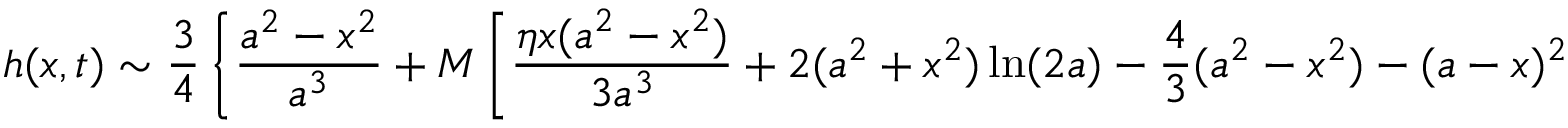
h ( x , t ) \sim \frac { 3 } { 4 } \left\{ \frac { a ^ { 2 } - x ^ { 2 } } { a ^ { 3 } } + M \left[ \frac { \eta x ( a ^ { 2 } - x ^ { 2 } ) } { 3 a ^ { 3 } } + 2 ( a ^ { 2 } + x ^ { 2 } ) \ln ( 2 a ) - \frac { 4 } { 3 } ( a ^ { 2 } - x ^ { 2 } ) - ( a - x ) ^ { 2 } \ln ( a - x ) - ( a + x ) ^ { 2 } \ln ( a + x ) \right] \right\} .